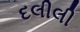
દલીલી